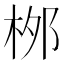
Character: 桞